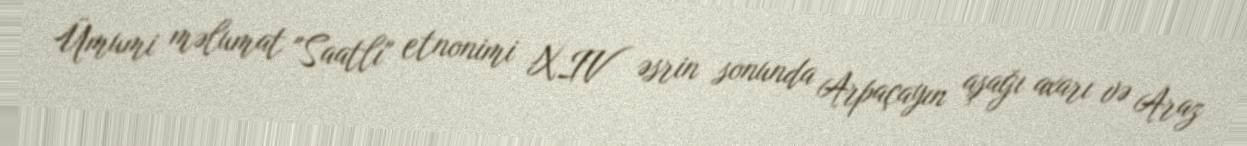
Ümumi məlumat "Saatlı" etnonimi XIV əsrin sonunda Arpaçayın aşağı axarı və Araz